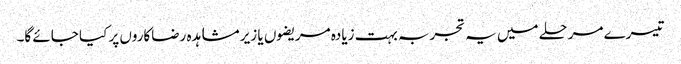
تیسرے مرحلے میں یہ تجربہ بہت زیادہ مریضوں یا زیر مشاہدہ رضاکاروں پر کیا جائے گا۔